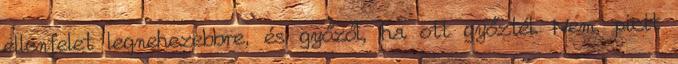
ellenfelet legnehezebbre, és győzől, ha ott győztél. Nem, picit